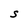
Character: S